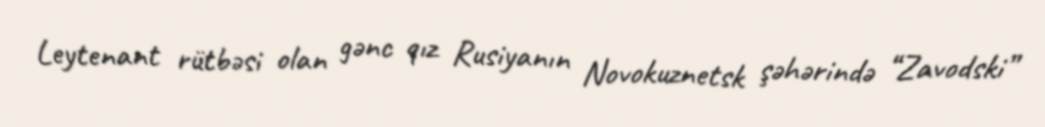
Leytenant rütbəsi olan gənc qız Rusiyanın Novokuznetsk şəhərində “Zavodski”